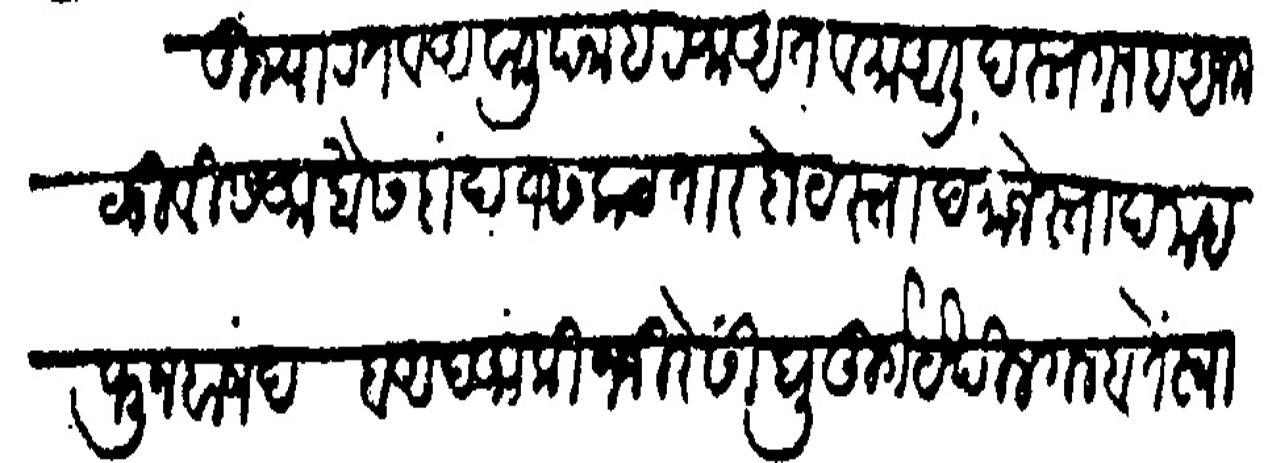
Transliteration (Devanagari): शुज्याअत व अवाली पनाह रफअत व मआली दस्तगाह अजमळीवीस आंखे सदा सकटतार बेटस्ता दमानेस्ताद महदफून बाशद बआद आंकी जंजिरे सिंधूदुर्ग येथील गलबते स्वारीस